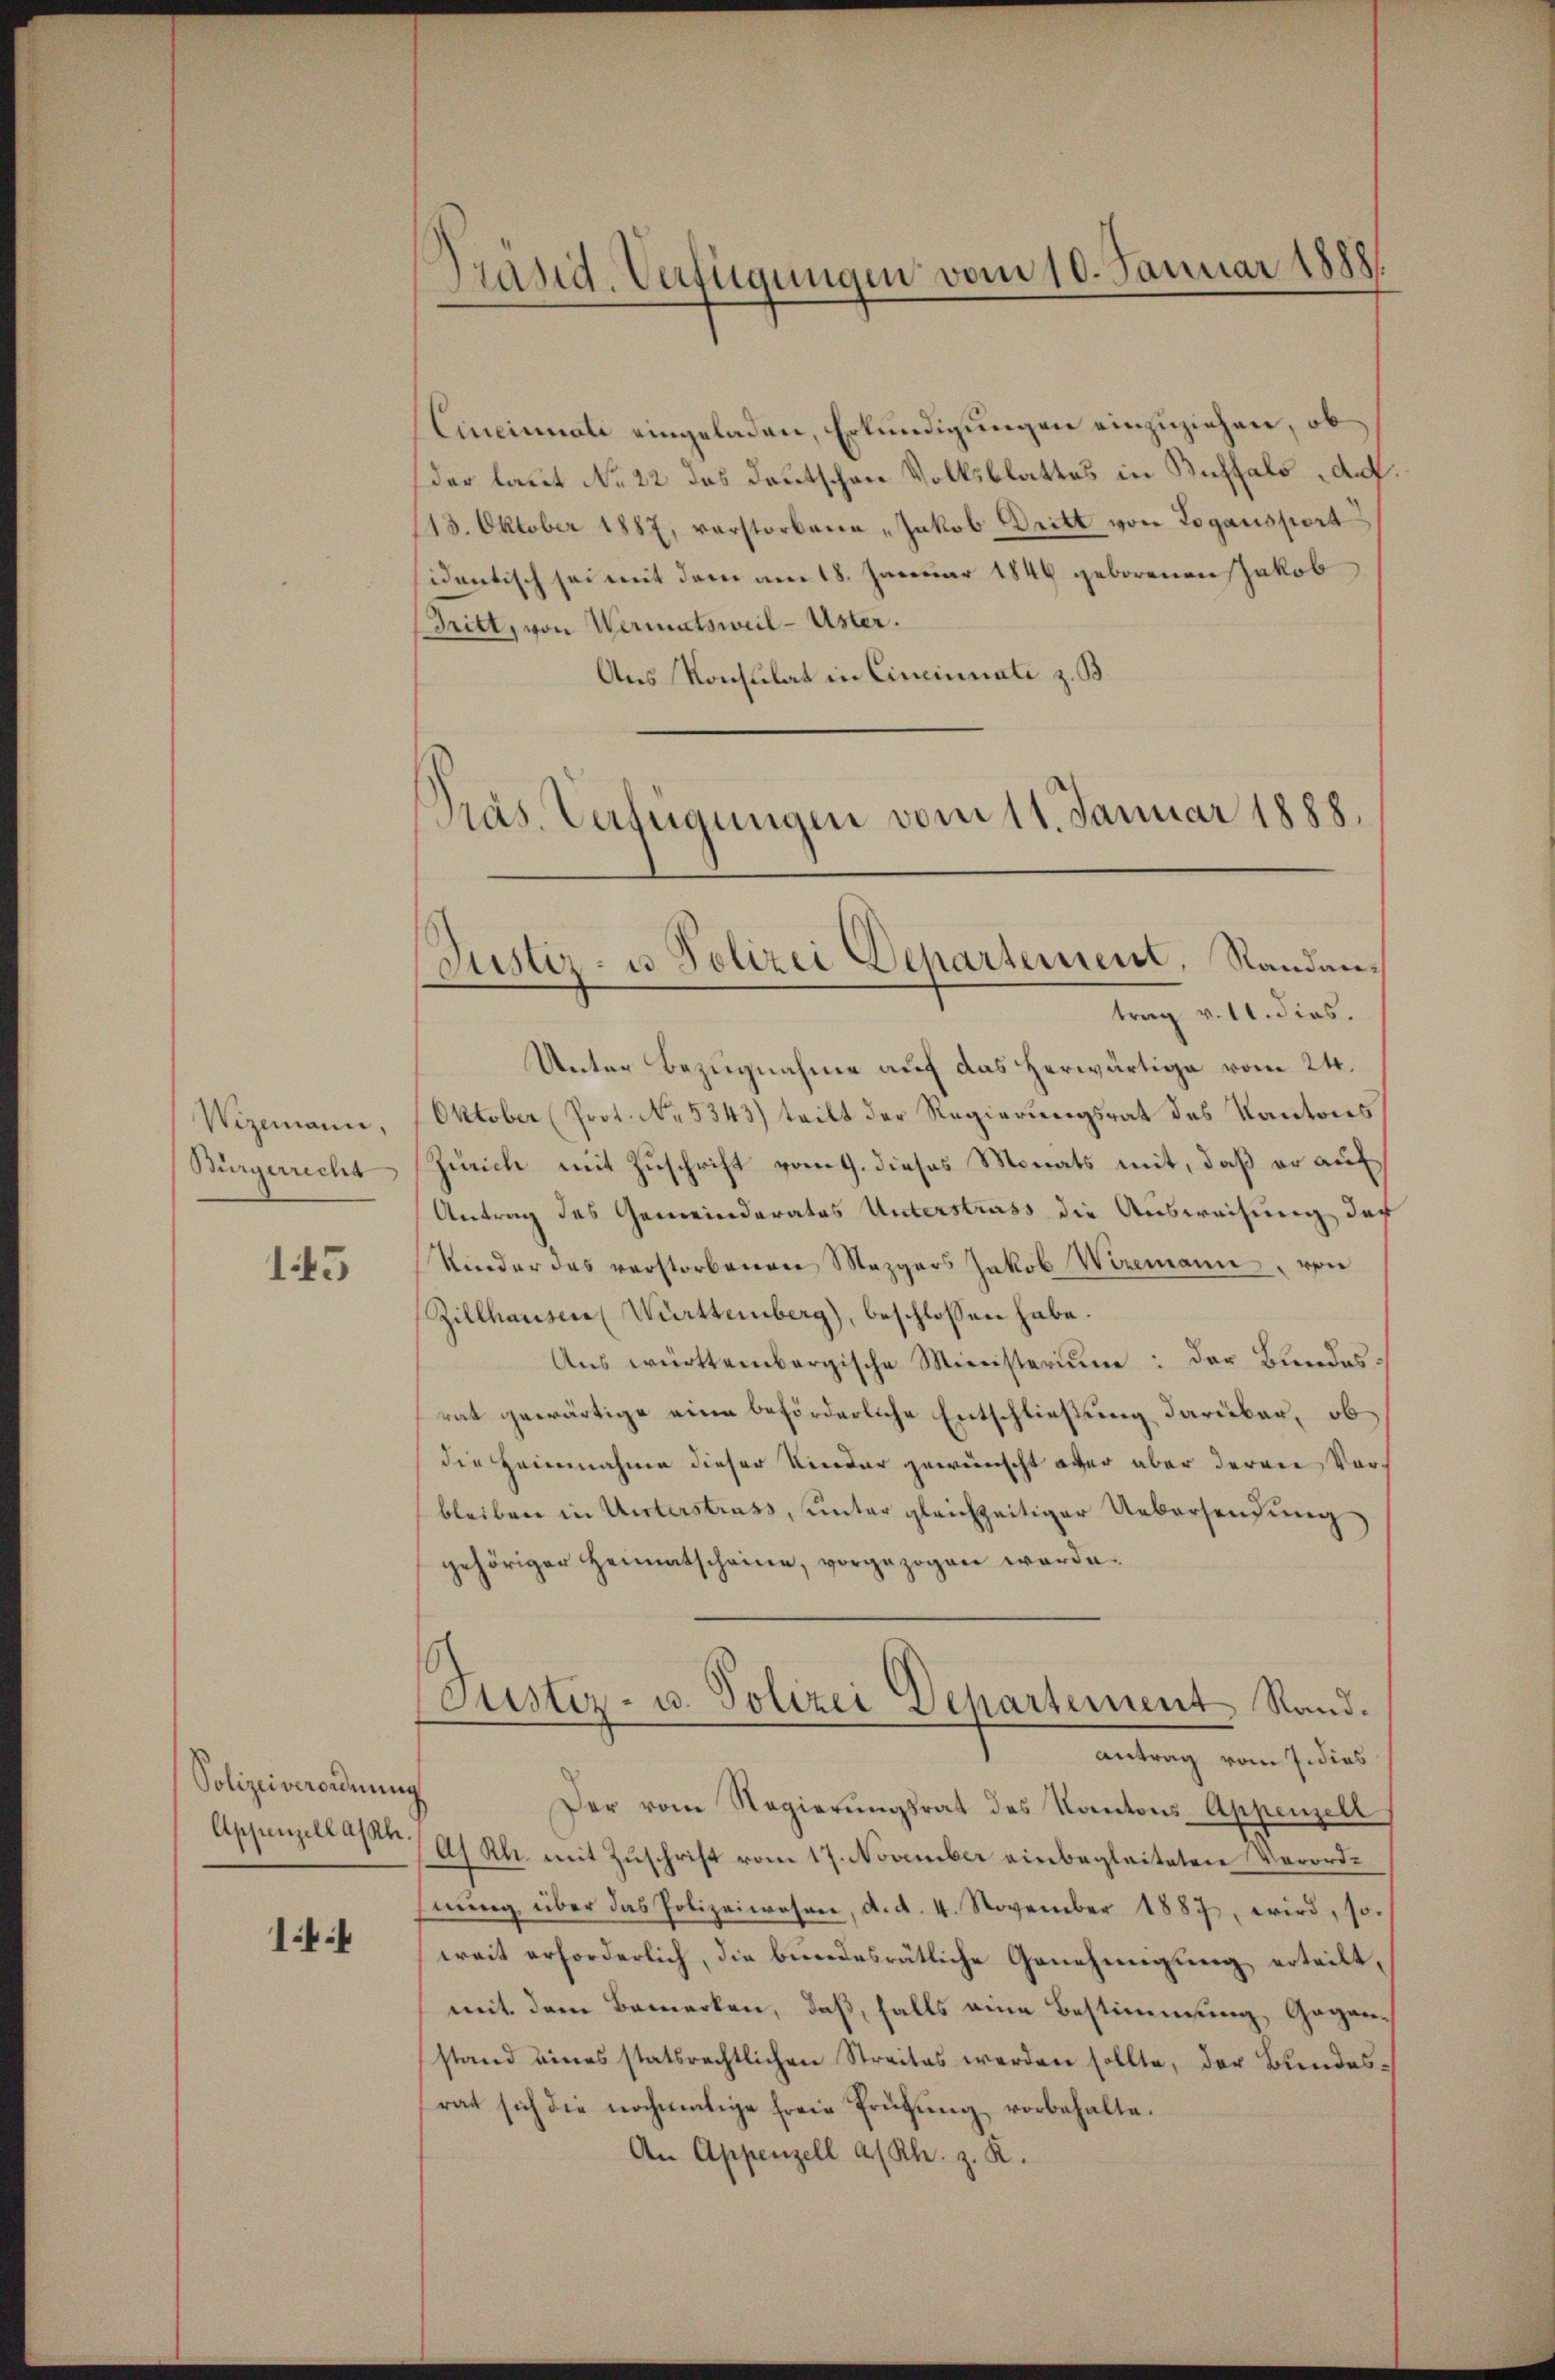
Wizemann,
(Bürgerrecht

15

Polizeiverordnung
Appenzell assch

144

Cincinnate eingeladen, Erkundigungen einzuziehen, ob
(der laut No 22 das Deutschen Volksblattes in Buffals auf
113. Oktober 1887, verstorbene „Jakob Dritt von Logansport
identisch sei mit dem am 18. Januar 1849 geborenen Jakob
Tritt, von Wermatsweil-Uster.
Aus Konsulat in Cincinati z. B.
Präs. Verfügungen vom 11. Januar 1888.

Präsid. Verfügungen vom 10. Januar 1888.

Justiz- u. Polizei Departement, Randan¬

trag v. 11. dies.
Unter Bezugnahme auf das herwärtige vom 24.
Oktober (Prot. No. 5343) teilt der Regierungsrat des Kantons
Zürich mit Zuschrift vom 9. dieses Monats mit, daß er auf
Antrag des Gemeinderates Unterstrass die Ausweisung der
Kieder das verstorbenen Mezgers Jakob Wizemann, von
Zillhausen Württemberg), beschlossen habe.
Ans württembergische Ministerium: der Bundesrat gewärtige eine beförderliche Entschließung darüber, ob
die Heimnahme dieser Kinder gewünscht aber aber deren Vorbleiben in Unterstrass, unter gleichzeitiger Uebersendung
gehöriger Heimatscheine, vorgezogen werde.
Justiz- u. Polizei Departement Rand.
antrag vom 7. dies
Der vom Regierŭngsrat des Kantons-Appenzell
a/Rh. mit Zŭschrift vom 17. November einbegleiteten Verorde
nŭng über das Polizeiwesen, d. d. 4. November 1887, wird, so
weit erforderlich, die bundesrätliche Genehmigung erteilt,
mit dem Bemerken, daß, falls eine Bestimmung, Goganstand eines statsrechtlichen Streites werden sollte, der Bundesrat sich die nochmalige freie Prüfŭng vorbehalte.
An Appenzell a/Rh. z. R.